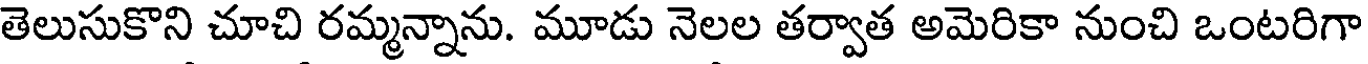
తెలుసుకొని చూచి రమ్మన్నాను. మూడు నెలల తర్వాత అమెరికా నుంచి ఒంటరిగా